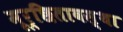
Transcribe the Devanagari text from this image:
मूर्छितावस्था